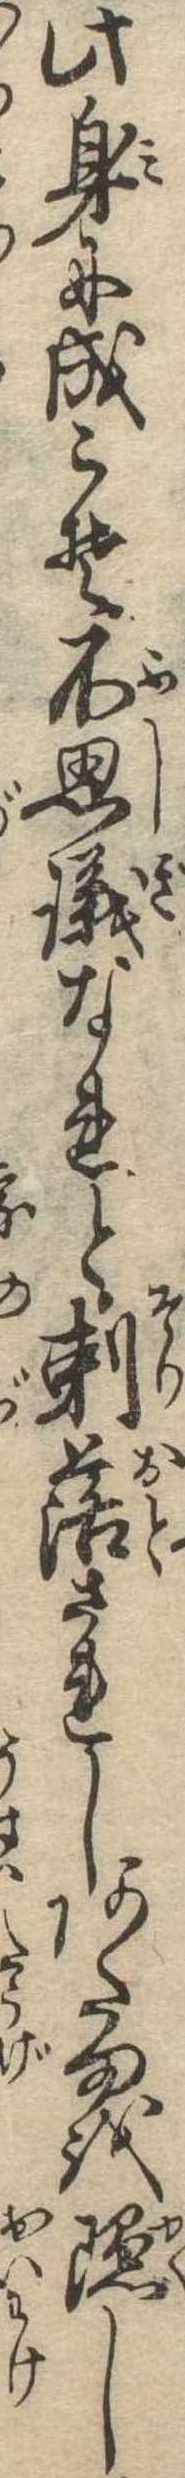
此身に成こそ不思議なれと剃落されしあたまを隠し